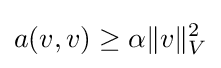
a(v,v)\geq \alpha \|v\|_{V}^{2}